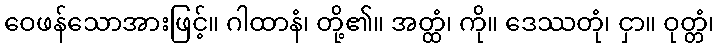
ဝေဖန်သောအားဖြင့်။ ဂါထာနံ၊ တို့၏။ အတ္ထံ၊ ကို။ ဒေဿတုံ၊ ငှာ။ ဝုတ္တံ၊